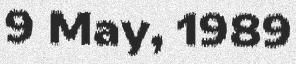
9 May, 1989